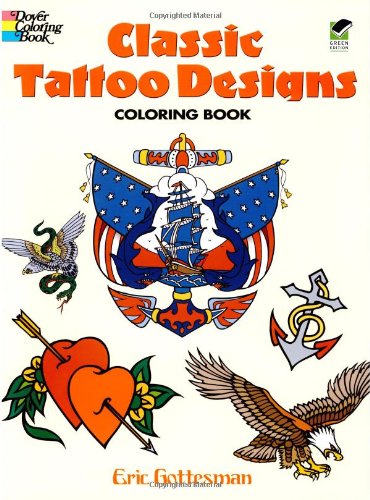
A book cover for Classic Tattoo Designs Coloring Book (Dover Design Coloring Books); Eric Gottesman; Arts & Photography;